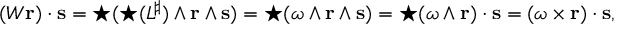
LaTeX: ( W \mathbf { r } ) \cdot \mathbf { s } = { \star } ( { \star } ( L ^ { \sharp } ) \wedge \mathbf { r } \wedge \mathbf { s } ) = { \star } ( \omega \wedge \mathbf { r } \wedge \mathbf { s } ) = { \star } ( \omega \wedge \mathbf { r } ) \cdot \mathbf { s } = ( \omega \times \mathbf { r } ) \cdot \mathbf { s } ,